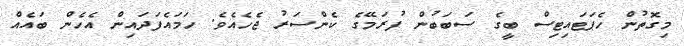
މިގޮތުން ހެޕަޓައިޓިސް ބީގެ ސަބަބުން ފުރަމޭގެ ކެންސަރު ޖެހެއެވެ. ހަމައެފަދައިން އެހެން ބައެއް